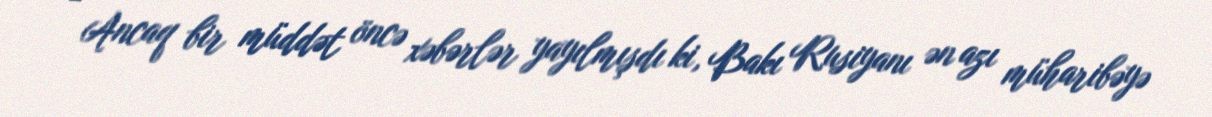
- Ancaq bir müddət öncə xəbərlər yayılmışdı ki, Bakı Rusiyanı ən azı müharibəyə